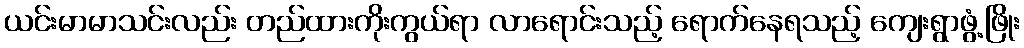
ယင်းမာမာသင်းလည်း တည်ထားကိုးကွယ်ရာ လာရောင်းသည့် ရောက်နေရသည့် ကျေးရွာဖွံ့ဖြိုး